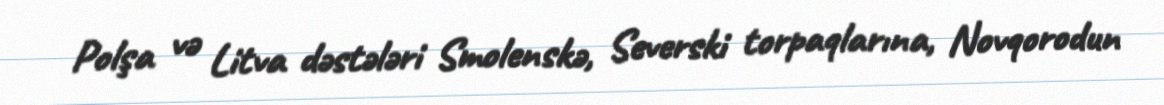
Polşa və Litva dəstələri Smolenskə, Severski torpaqlarına, Novqorodun